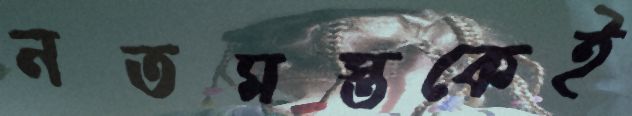
নতমস্তকেই